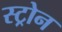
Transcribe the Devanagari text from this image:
स्ट्रोन